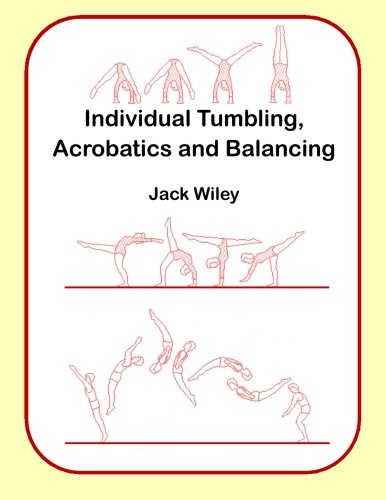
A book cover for Individual Tumbling, Acrobatics and Balancing; Jack Wiley; Sports & Outdoors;